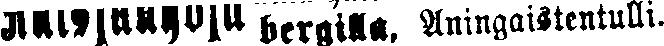
# bergilla, Aningastentulli.